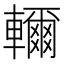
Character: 𮝭